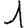
Digit: 1